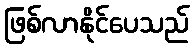
ဖြစ်လာနိုင်ပေသည်